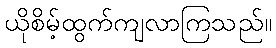
ယိုစိမ့်ထွက်ကျလာကြသည်။